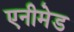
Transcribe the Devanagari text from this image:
एनीमेड